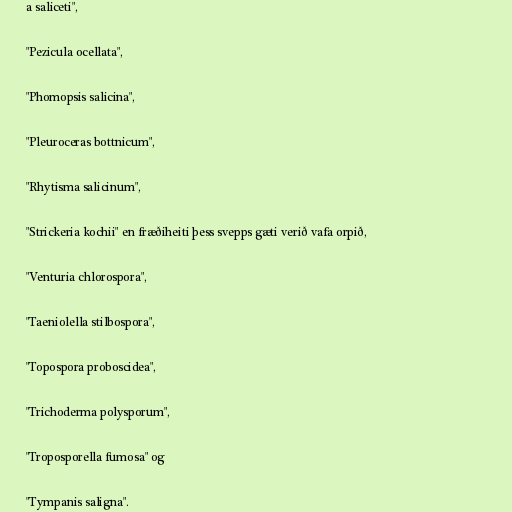
a saliceti",

"Pezicula ocellata",

"Phomopsis salicina",

"Pleuroceras bottnicum",

"Rhytisma salicinum",

"Strickeria kochii" en fræðiheiti þess svepps gæti verið vafa orpið,

"Venturia chlorospora",

"Taeniolella stilbospora",

"Topospora proboscidea",

"Trichoderma polysporum",

"Troposporella fumosa" og

"Tympanis saligna".